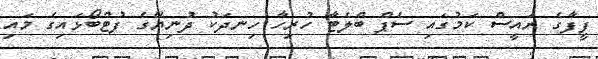
ފީފާގެ ރައީސް ކަމުގައި ސެޕް ބްލެޓާ ހުރިހާ ހިނދަކު ދުނިޔޭގެ ފުޓްބޯޅައިގެ މައި